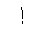
Letter: _alif